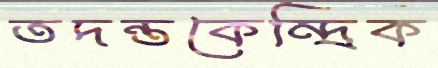
তদন্তকেন্দ্রিক